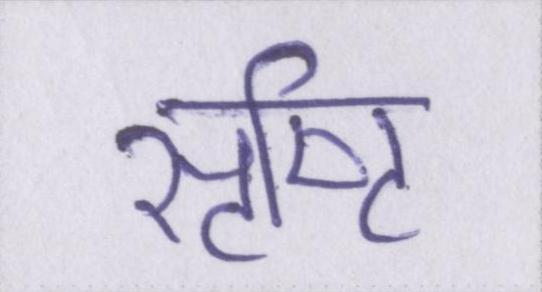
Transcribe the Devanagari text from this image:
सृष्टि